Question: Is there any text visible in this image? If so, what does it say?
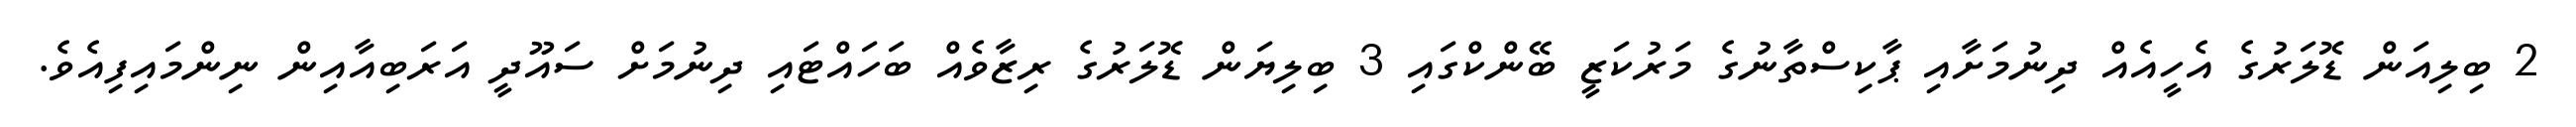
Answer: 2 ބިލިއަން ޑޮލަރުގެ އެހީއެއް ދިނުމަށާއި ޕާކިސްތާނުގެ މަރުކަޒީ ބޭންކްގައި 3 ބިލިޔަން ޑޮލަރުގެ ރިޒާވެއް ބަހައްޓައި ދިނުމަށް ސައޫދީ އަރަބިއާއިން ނިންމައިފިއެވެ.